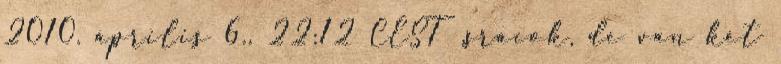
2010. április 6., 22:12 CEST .srácok, de van két